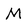
Character: M